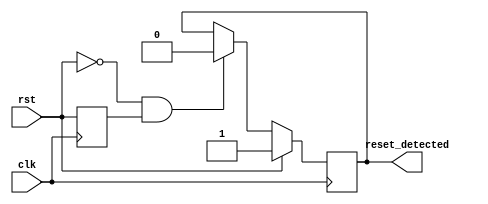
module synchronous_reset_detector (
    input wire clk,               // System clock signal
    input wire rst,               // Reset signal
    output reg reset_detected     // Output signal indicating reset state
);

    // Internal register to store the previous state of the reset signal
    reg rst_prev;

    always @(posedge clk) begin
        // Capture the state of the reset signal
        rst_prev <= rst;

        // Set reset_detected high if the reset signal is asserted
        if (rst) begin
            reset_detected <= 1'b1; // Reset condition is active
        end else if (!rst && rst_prev) begin
            reset_detected <= 1'b0; // Reset condition is de-asserted
        end
    end

endmodule